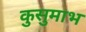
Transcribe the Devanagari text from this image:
कुसुमाभ